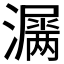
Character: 𤂎